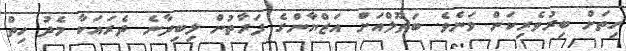
ހިތަށް ބިރުވެރިކަން ވަނެވެ. ބަތޫލްއަށް އަޒްޔާންގެ ފަރާތުން ލިބިދާނެ ދެރައަކާ މެދު ހިތް